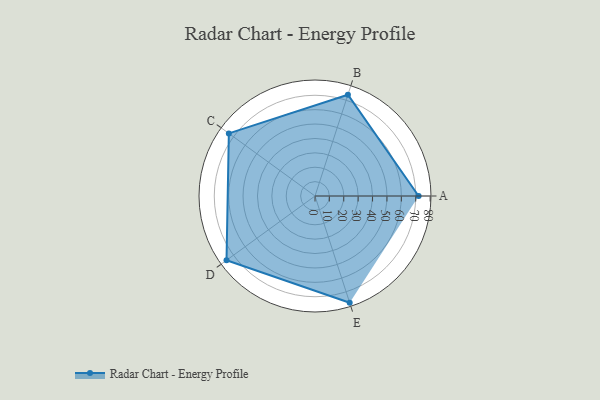
{"axis": {"x": "Skill", "y": "Score"}, "legend": ["Profile"], "data": [{"x": "A", "y": 72.0, "type": "Profile"}, {"x": "B", "y": 74.0, "type": "Profile"}, {"x": "C", "y": 74.0, "type": "Profile"}, {"x": "D", "y": 76.0, "type": "Profile"}, {"x": "E", "y": 78.0, "type": "Profile"}]}